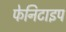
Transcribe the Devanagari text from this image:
फेनिटाइप